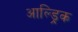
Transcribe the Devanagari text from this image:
आल्ड्रिक